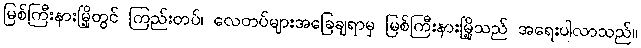
မြစ်ကြီးနားမြို့တွင် ကြည်းတပ်၊ လေတပ်များအခြေချရာမှ မြစ်ကြီးနားမြို့သည် အရေးပါလာသည်။